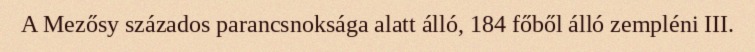
A Mezősy százados parancsnoksága alatt álló, 184 főből álló zempléni III.